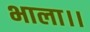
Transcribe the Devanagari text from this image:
भाला।।